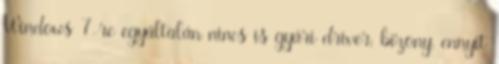
Windows 7-re egyáltalán nincs is gyári driver, bizony, ennyit